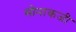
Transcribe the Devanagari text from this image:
मोनाकजी